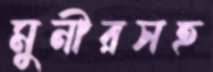
মুনীরসহ